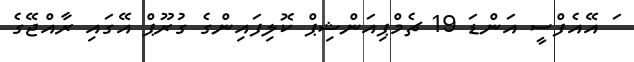
ަ އޭއެފްސީ އަންޑަ 19 ޗެމްޕިއަންޝިޕް ކޮލިފައިންގެ ގުރޫޕް އޭގައި ރާއްޖޭގެ